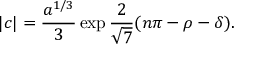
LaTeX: | c | = \frac { a ^ { 1 / 3 } } 3 \exp { \frac 2 { \sqrt 7 } ( n \pi - \rho - \delta ) } .